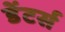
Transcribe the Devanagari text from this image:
डेंटर्स